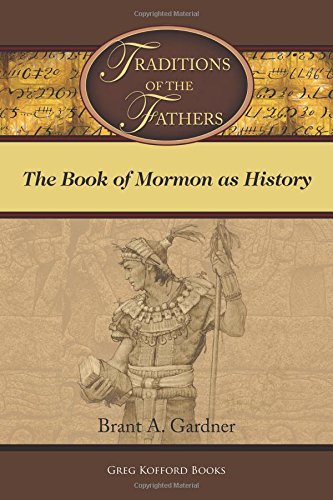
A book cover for Traditions of the Fathers: The Book of Mormon as History; Brant A. Gardner; Christian Books & Bibles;